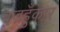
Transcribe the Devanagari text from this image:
वज्रहुँकार